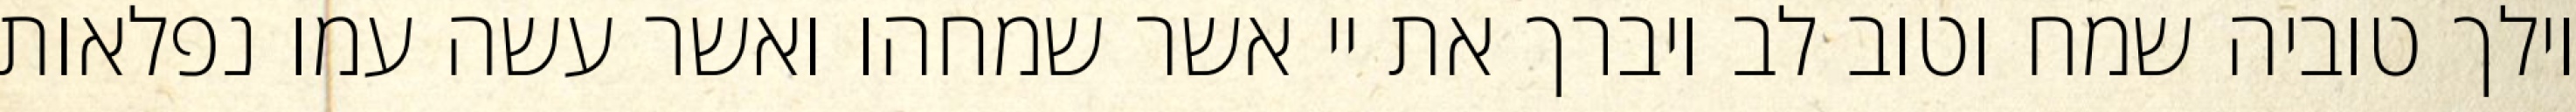
וילך טוביה שמח וטוב לב ויברך את יי אשר שמחהו ואשר עשה עמו נפלאות